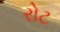
રોટ